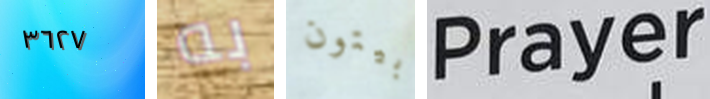
٣٦٢٧ به بيتون Prayer